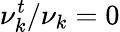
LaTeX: \nu_{k}^{t}/\nu_{k}=0